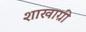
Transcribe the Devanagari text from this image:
शाखाग्री